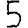
Digit: 5